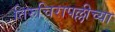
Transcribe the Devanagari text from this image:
तिरुचिरापल्लीच्या